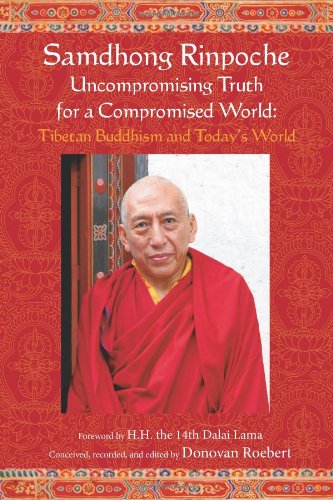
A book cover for Samdhong Rinpoche Uncompromising Truth for a Compromised World: Tibetan Buddhism and Today's World; Samdhong Rinpoche; Religion & Spirituality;